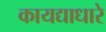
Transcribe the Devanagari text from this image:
कायद्याधारे